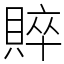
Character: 賥